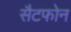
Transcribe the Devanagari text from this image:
सैटफोन